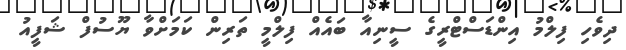
ދިވެހި ފިލްމު އިންޑަސްޓްރީގެ ސީނިއާ ބައެއް ފިލްމީ ތަރިން ކަމަށްވާ ޔޫސުފް ޝަފީއު